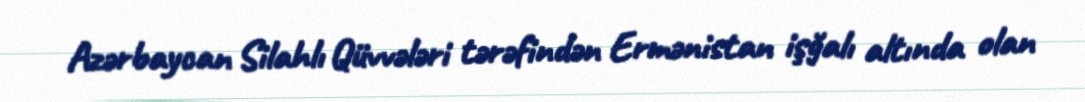
Azərbaycan Silahlı Qüvvələri tərəfindən Ermənistan işğalı altında olan